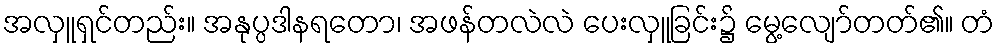
အလှူရှင်တည်း။ အနုပ္ပဒါနရတော၊ အဖန်တလဲလဲ ပေးလှူခြင်း၌ မွေ့လျော်တတ်၏။ တံ